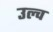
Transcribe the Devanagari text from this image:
उल्व